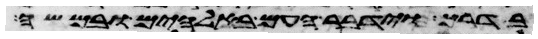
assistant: בדרך וידבר העם באלהים ובמשה